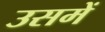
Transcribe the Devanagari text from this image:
उसमेें